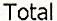
TOTAL